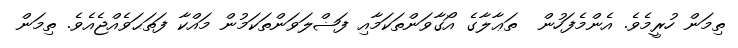
ތިމަން ހުރީމެވެ. އެންމެފަހުން  ތަޢާލާގެ އޯގާވަންތަކަމާއި ފަޟްލަވަންތަކަމުން މައްކާ ފަތަޙަވެއްޖެއެވެ. ތިމަން